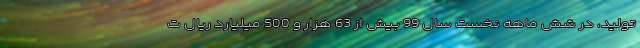
تولید، در شش ماهه نخست سال 99 بیش از 63 هزار و 500 میلیارد ریال ت